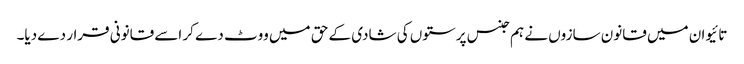
تائیوان میں قانون سازوں نے ہم جنس پرستوں کی شادی کے حق میں ووٹ دے کر اسے قانونی قرار دے دیا۔